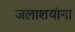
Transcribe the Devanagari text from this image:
जलाशयांना